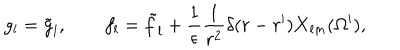
g _ { l } = \tilde { g } _ { l } , \qquad f _ { l } = \tilde { f } _ { l } + { \frac { 1 } { \epsilon } } { \frac { 1 } { r ^ { 2 } } } \delta ( r - r ^ { \prime } ) { \bf X } _ { l m } ( \Omega ^ { \prime } ) ,